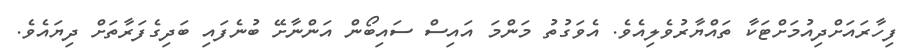
ފިހާރައަށްދިއުމަށްޓަކާ ތައްޔާރުވެލިއެވެ. އެވަގުތު މަންމަ އައިސް ސައިބޯން އަންނާށޭ ބުނެފައި ބަދިގެފަރާތަށް ދިޔައެވެ.